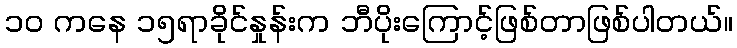
၁၀ ကနေ ၁၅ရာခိုင်နှုန်းက ဘီပိုးကြောင့်ဖြစ်တာဖြစ်ပါတယ်။